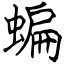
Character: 蝙